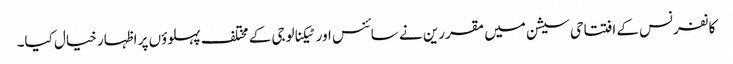
کانفرنس کے افتتاحی سیشن میں مقررین نے سائنس اور ٹیکنالوجی کے مختلف پہلوؤں پر اظہار خیال کیا۔